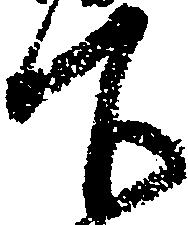
下